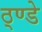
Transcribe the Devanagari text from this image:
ठ्ण्डे